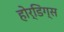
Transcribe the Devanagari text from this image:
होर्डिंग्स